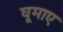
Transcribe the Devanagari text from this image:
घूमाए